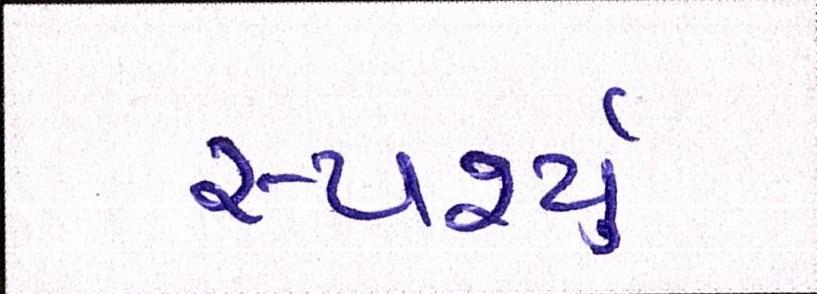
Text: સ્પર્શ્યું